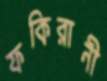
ফকিরানী